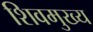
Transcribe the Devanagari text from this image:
शिवमुख्य